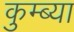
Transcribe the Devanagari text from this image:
कुम्ब्या